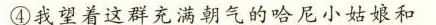
④我望着这群充满朝气的哈尼小姑娘和